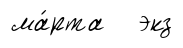
ма́рта экз